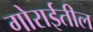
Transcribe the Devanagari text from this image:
गोराईतील